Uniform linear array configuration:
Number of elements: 24
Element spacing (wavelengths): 0.75
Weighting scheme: hamming
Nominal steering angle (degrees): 45
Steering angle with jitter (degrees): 44.465
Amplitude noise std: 0.05
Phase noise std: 0.05

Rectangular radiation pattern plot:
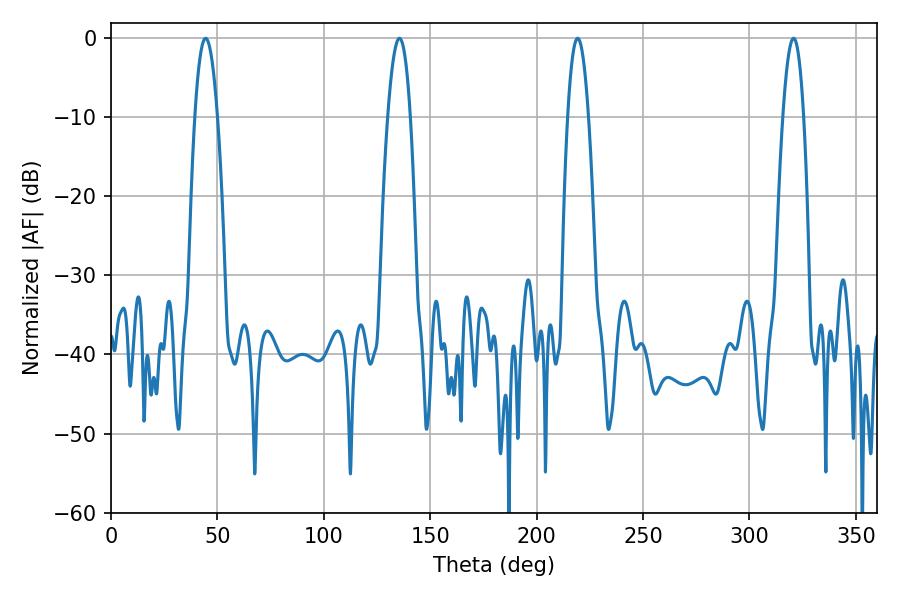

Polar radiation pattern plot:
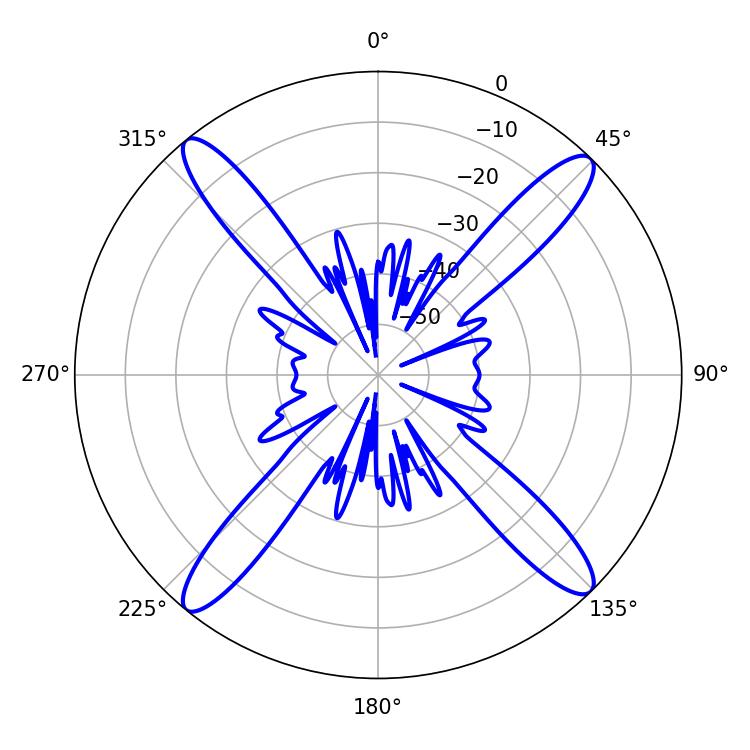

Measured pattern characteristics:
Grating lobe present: TRUE
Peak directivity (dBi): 18.871
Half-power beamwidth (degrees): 5.94
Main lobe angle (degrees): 44.46